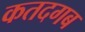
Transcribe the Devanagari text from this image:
कतदगब